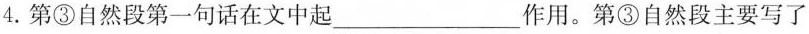
4. 第③自然段第一句话在文中起 ___ 作用。第③自然段主要写了